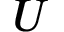
\b { U }